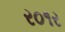
ર૦૧ર